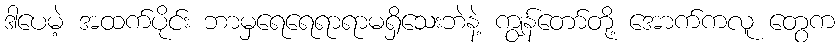
ဒါပေမဲ့ အထက်ပိုင်း ဘာမှရေရေရာရာမရှိသေးဘဲနဲ့ ကျွန်တော်တို့ အောက်ကလူ တွေက